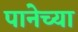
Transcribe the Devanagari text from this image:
पानेच्या